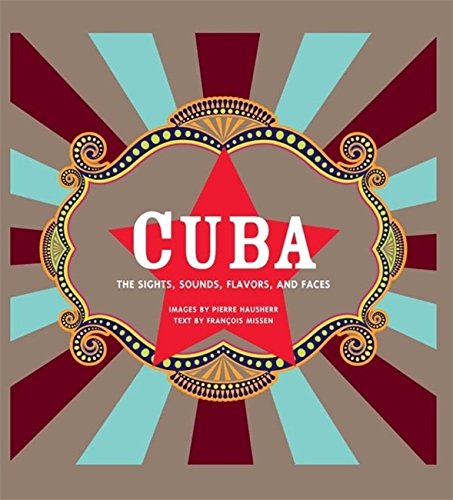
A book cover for Cuba: The Sights, Sounds, Flavors, and Faces; Francois Missen; History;